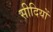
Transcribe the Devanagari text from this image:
सीदियों